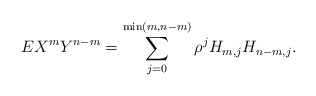
\begin{align*}EX^{m}Y^{n-m}=\sum_{j=0}^{\min (m,n-m)}\rho ^{j}H_{m,j}H_{n-m,j}.\end{align*}